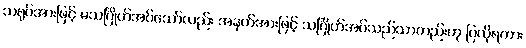
သရုပ်အားဖြင့် မသင်္ဂြိုဟ်အပ်သော်လည်း အနက်အားဖြင့် သင်္ဂြိုဟ်အပ်သည်သာတည်းဟု ပြလိုရကား